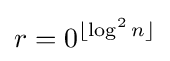
r=0^{\lfloor \log ^{2}n\rfloor }